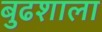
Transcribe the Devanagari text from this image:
बुढशाला